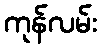
ကုန်လမ်း